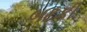
બટકી